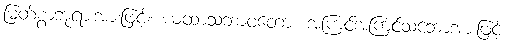
မြတ်စွာဘုရားအားဖြင့်။ ယထာသဘာဝတော၊ အကြင်အကြင်သဘောအားဖြင့်။